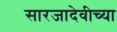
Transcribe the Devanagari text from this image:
सारजादेवीच्या